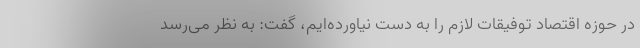
در حوزه اقتصاد توفیقات لازم را به دست نیاورده‌ایم، گفت: به نظر می‌رسد